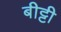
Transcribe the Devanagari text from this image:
बीट्टी